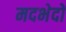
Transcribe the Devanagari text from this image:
मदभेदों